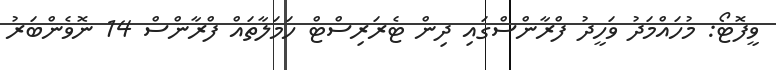
ވީފޮޓޯ: މުހައްމަދު ވަހީދު ފްރާންސްގައި ދިން ޓެރަރިސްޓް ހަމަލާތައް ފްރާންސް 14 ނޮވެންބަރު